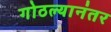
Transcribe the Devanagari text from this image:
गोठल्यानंतर